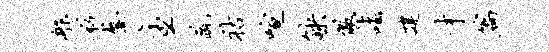
舴彩鳌主蔬祜喧觖儆诣建才篇